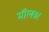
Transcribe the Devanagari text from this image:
मॉलवर